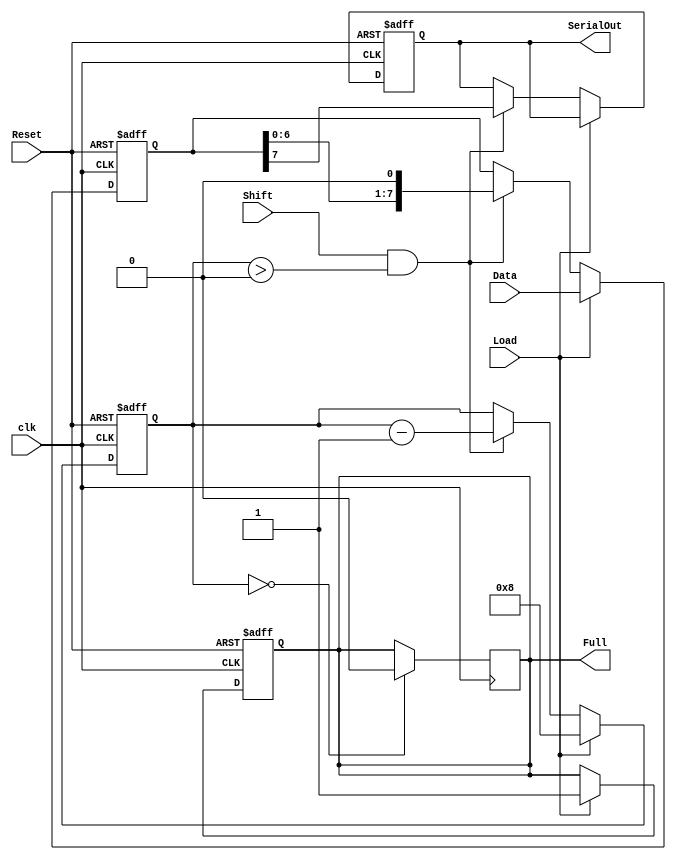
module Loadable_PISO_Register #(
    parameter WIDTH = 8  // Parameter for the width of the register
)(
    input wire Load,       // Control signal to load parallel data
    input wire [WIDTH-1:0] Data, // Parallel data input
    input wire Shift,      // Control signal to shift out data serially
    input wire clk,        // Clock signal
    input wire Reset,      // Asynchronous reset signal
    output reg SerialOut,  // Serial output
    output reg Full        // Output indicating when the register is full
);

    // Internal register to hold the data
    reg [WIDTH-1:0] shift_reg;
    reg [3:0] count; // Counter to track the number of bits shifted out

    // Asynchronous reset and loading logic
    always @(posedge clk or posedge Reset) begin
        if (Reset) begin
            shift_reg <= 0; // Clear the register
            SerialOut <= 0; // Clear the serial output
            Full <= 0;      // Clear the full flag
            count <= 0;     // Reset the counter
        end else begin
            if (Load) begin
                shift_reg <= Data; // Load the data into the shift register
                Full <= 1;         // Indicate that the register is full
                count <= WIDTH;    // Set the count to the width of the register
            end else if (Shift && count > 0) begin
                SerialOut <= shift_reg[WIDTH-1]; // Output the MSB
                shift_reg <= {shift_reg[WIDTH-2:0], 1'b0}; // Shift left
                count <= count - 1; // Decrement the count
            end
        end
    end

    // When the register is empty, clear the Full flag
    always @(posedge clk) begin
        if (count == 0) begin
            Full <= 0; // Register is not full anymore
        end
    end

endmodule